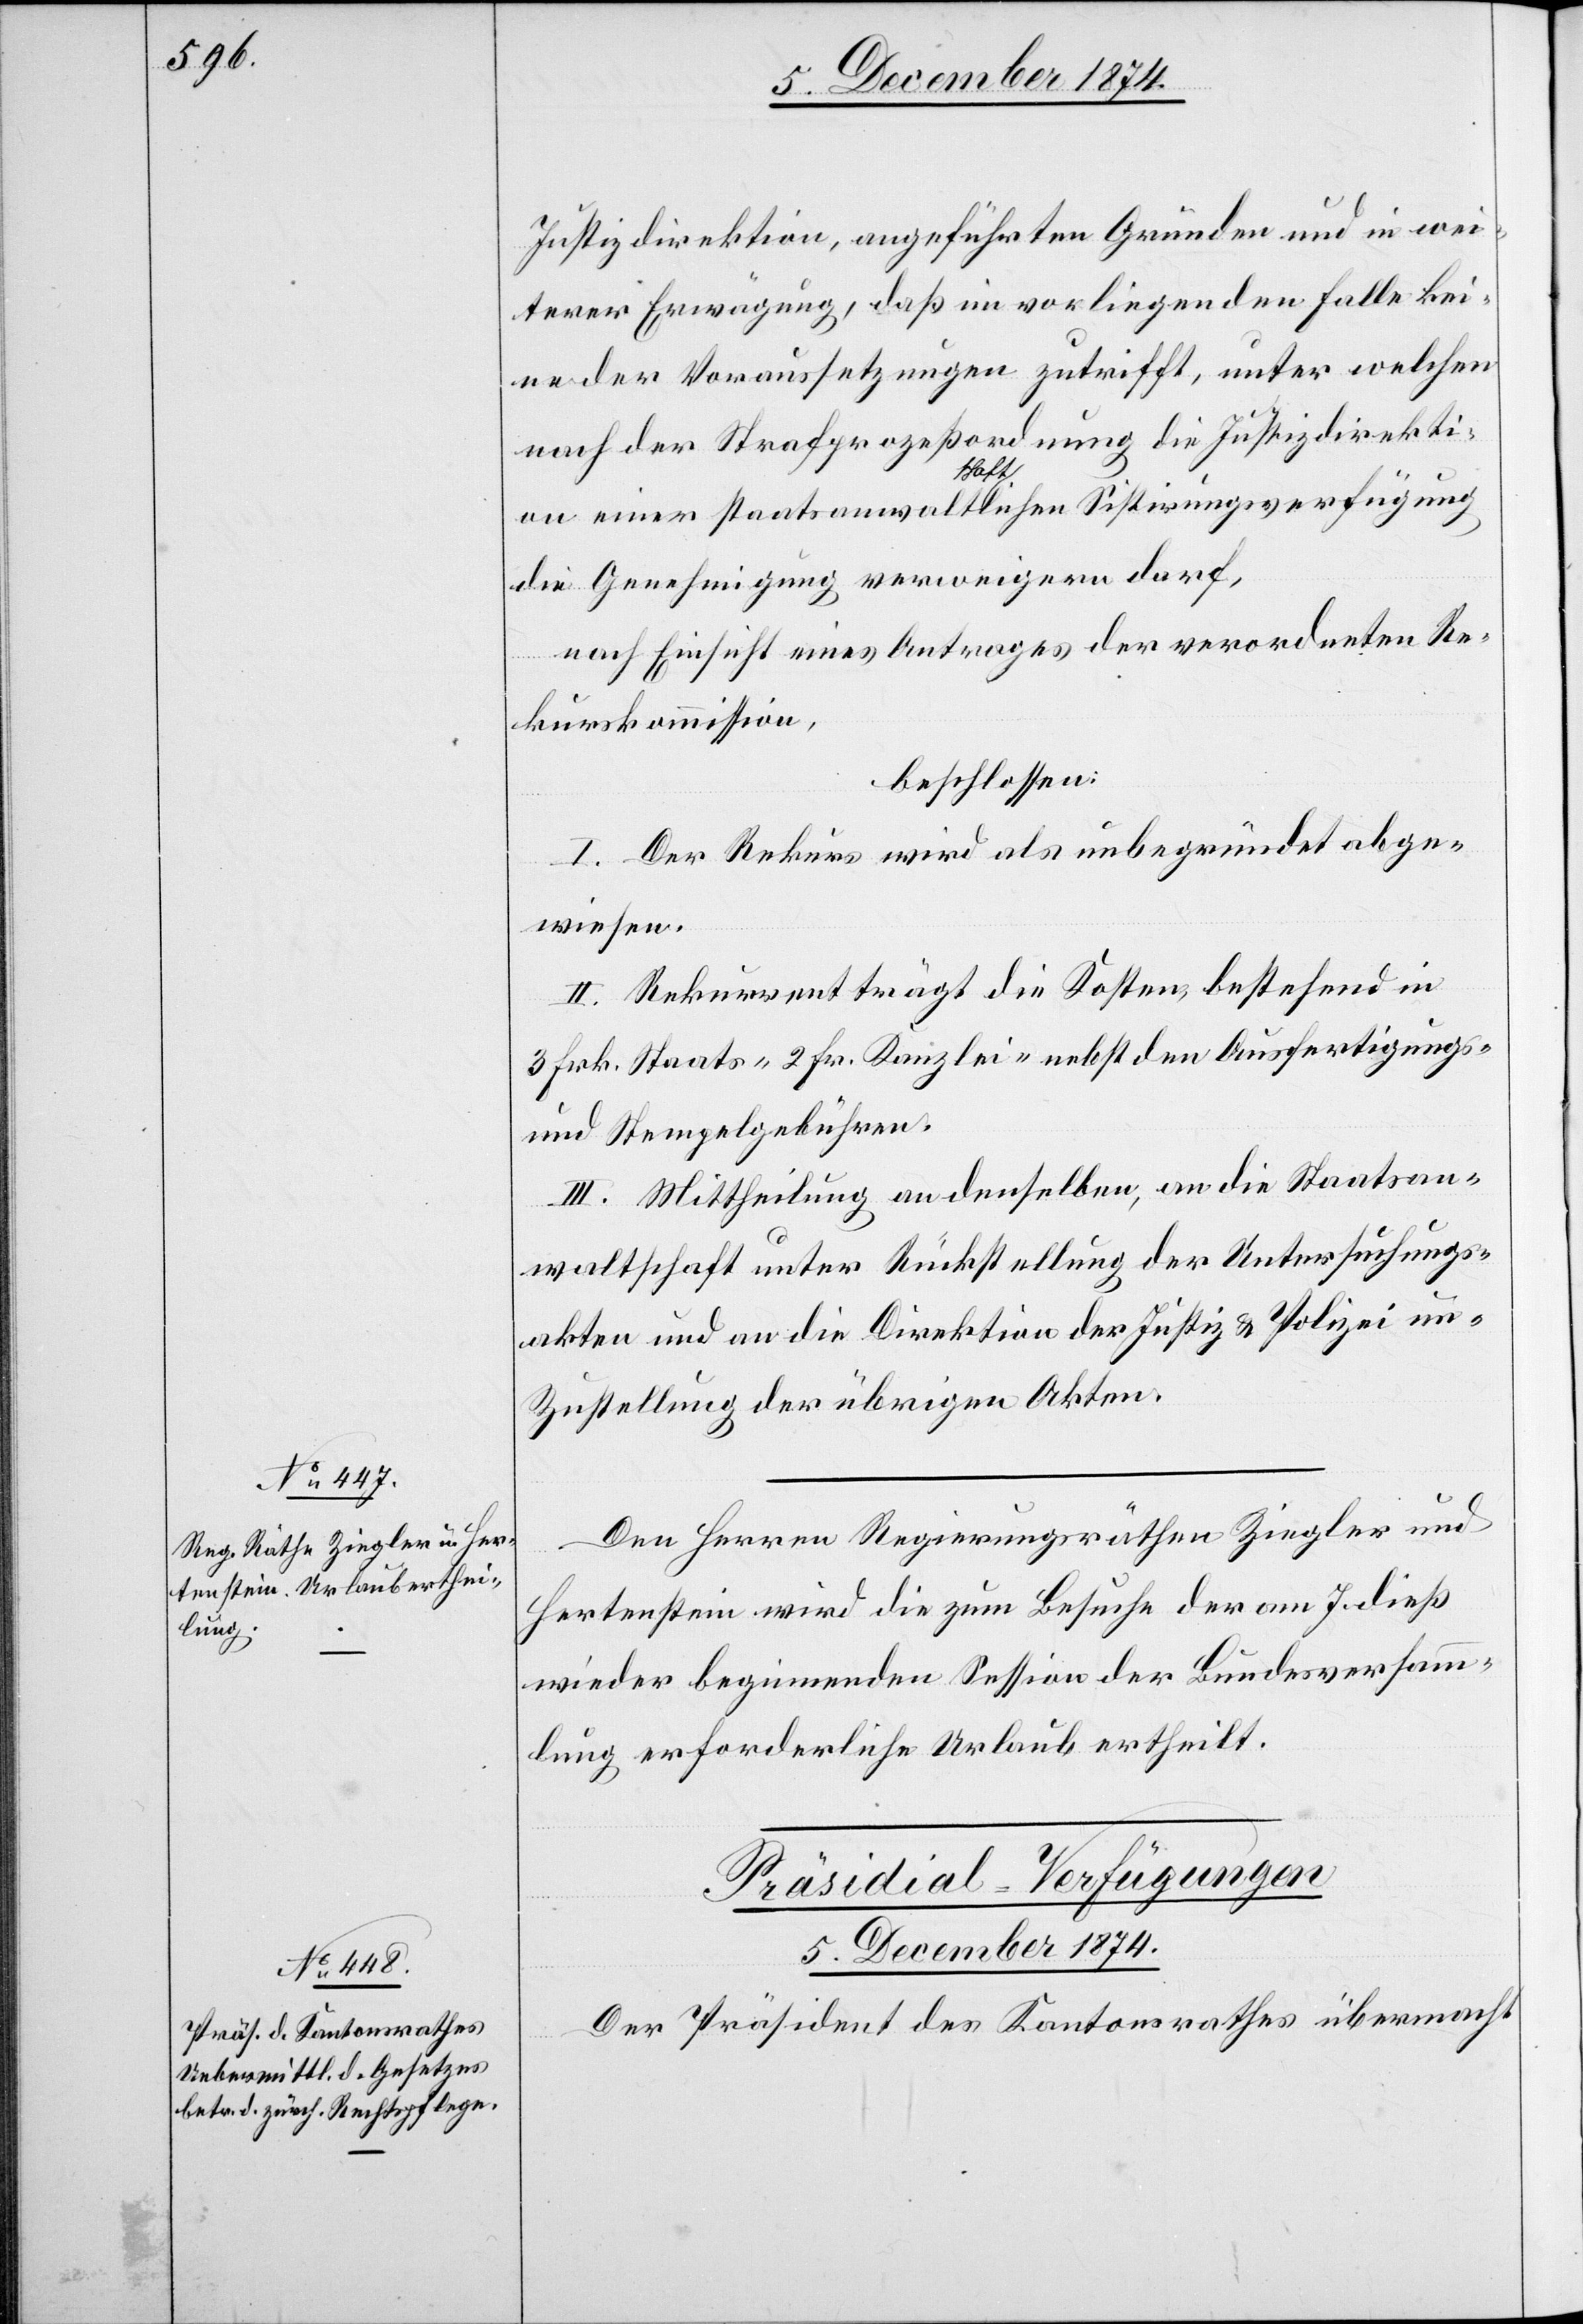
Justizdirektion, angeführten Gründen und in wei¬
terer Erwägung, daß im vorliegenden Falle kei¬
ne der Voraussetzungen zutrifft, unter welchen
nach der Strafprozeßordnung die Justizdirekti¬
on einer staatsanwaltschaftlichen Sistirungsverfügung
die Genehmigung verweigern darf,
nach Einsicht eines Antrages der verordneten Re¬
kurskommission,
beschlossen:
I. Der Rekurs wird als unbegründet abge¬
wiesen.
II. Rekurrent trägt die Kosten, bestehend in
3 Frk. Staats-[,] 2 Fr. Kanzlei- nebst den Ausfertigungs-
und Stempelgebühren.
III. Mittheilung an denselben, an die Staatsan¬
waltschaft unter Rückstellung der Untersuchungs¬
akten und an die Direktion der Justiz & Polizei um
Zustellung der übrigen Akten.
Den Herren Regierungsräthen Ziegler und
Hertenstein wird die zum Besuche der am 7. dieß
wieder beginnenden Session der Bundesversamm¬
lung erforderliche Urlaub ertheilt.
Präsidial-Verfügungen
5. Dezember 1874.
Der Präsident des Kantonsrathes übermacht